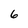
Character: 6